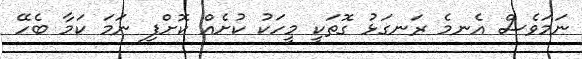
ނަމަވެސް އެނމެ ރަނގަޅު ގޮތަކީ މީހަކު ކުށެއް ކޮށްފި ނަމަ ކަމާ ބެހޭ